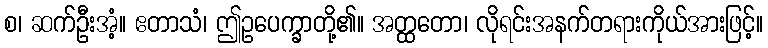
စ၊ ဆက်ဦးအံ့။ ဧတာသံ၊ ဤဥပေက္ခာတို့၏။ အတ္ထတော၊ လိုရင်းအနက်တရားကိုယ်အားဖြင့်။